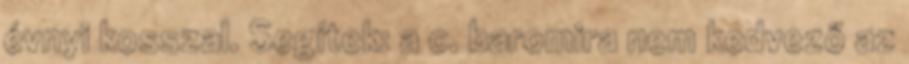
évnyi kosszal. Segítek: a c. baromira nem kedvező az